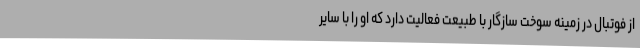
از فوتبال در زمینه سوخت سازگار با طبیعت فعالیت دارد که او را با سایر